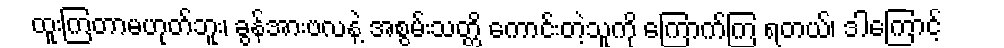
ထူးကြတာမဟုတ်ဘူး၊ ခွန်အားဗလနဲ့ အစွမ်းသတ္တိ ကောင်းတဲ့သူကို ကြောက်ကြ ရတယ်၊ ဒါကြောင့်